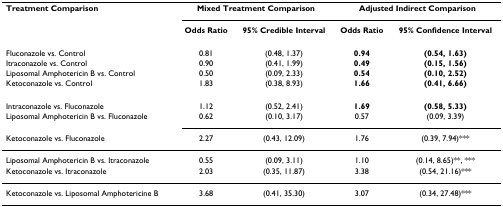
| Treatment Comparison | <COLSPAN=2> Mixed Treatment Comparison | <COLSPAN=2> Adjusted Indirect Comparison |
 |  | Odds Ratio | 95% Credible Interval | Odds Ratio | 95% Confidence Interval |
 | --- | --- | --- | --- | --- |
 | Fluconazole vs. Control | 0.81 | (0.48, 1.37) | 0.94 | (0.54, 1.63) |
 | Itraconazole vs. Control | 0.90 | (0.41, 1.99) | 0.49 | (0.15, 1.56) |
 | Liposomal Amphotericin B vs. Control | 0.50 | (0.09, 2.33) | 0.54 | (0.10, 2.52) |
 | Ketoconazole vs. Control | 1.83 | (0.38, 8.93) | 1.66 | (0.41, 6.66) |
 | Intraconazole vs. Fluconazole | 1.12 | (0.52, 2.41) | 1.69 | (0.58, 5.33) |
 | Liposomal Amphotericin B vs. Fluconazole | 0.62 | (0.10, 3.17) | 0.57 | (0.09, 3.39) |
 | Ketoconazole vs. Fluconazole | 2.27 | (0.43, 12.09) | 1.76 | (0.39, 7.94)*** |
 | Liposomal Amphotericin B vs. Itraconazole | 0.55 | (0.09, 3.11) | 1.10 | (0.14, 8.65)**, *** |
 | Ketoconazole vs. Itraconazole | 2.03 | (0.35, 11.87) | 3.38 | (0.54, 21.16)*** |
 | Ketoconazole vs. Liposomal Amphotericine B | 3.68 | (0.41, 35.30) | 3.07 | (0.34, 27.48)*** |